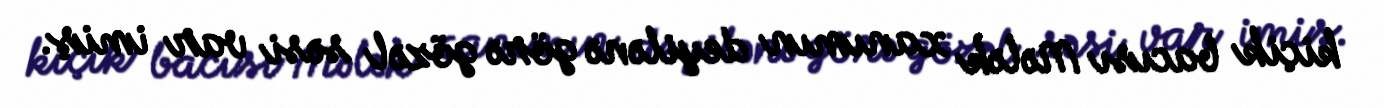
kiçik bacısı Mələk xanımın deyilənə görə gözəl səsi var imiş.